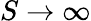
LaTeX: S\to\infty